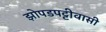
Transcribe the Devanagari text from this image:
झोपडपट्टीवासी